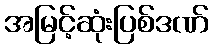
အမြင့်ဆုံးပြစ်ဒဏ်